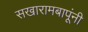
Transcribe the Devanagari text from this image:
सखारामबापूंनी